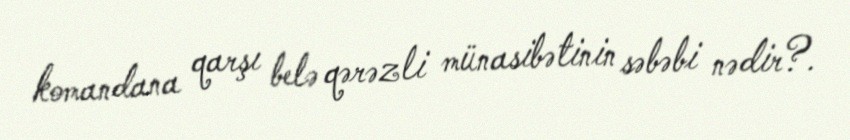
komandana qarşı belə qərəzli münasibətinin səbəbi nədir?.